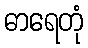
ဓာရေတုံ